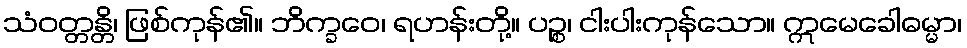
သံဝတ္တန္တိ၊ ဖြစ်ကုန်၏။ ဘိက္ခဝေ၊ ရဟန်းတို့။ ပဉ္စ၊ ငါးပါးကုန်သော။ ဣမေခေါဓမ္မာ၊